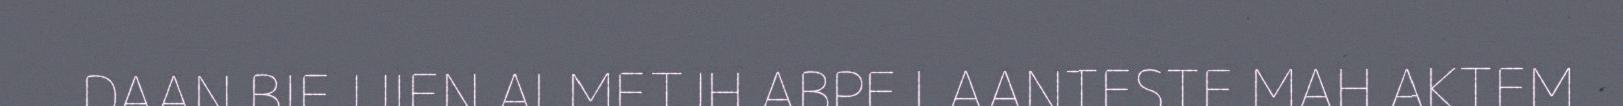
DAAN BIEJJIEN ALMETJH ABPE LAANTESTE MAH AKTEM